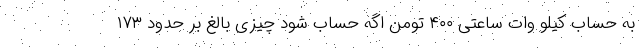
به حساب کیلو وات ساعتی ۴۰۰ تومن اگه حساب شود چیزی بالغ بر حدود ۱۷۳